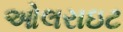
ઓલરાઇટ